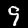
Digit: 9